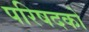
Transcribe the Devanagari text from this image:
परिषदको